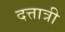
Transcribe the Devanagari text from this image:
दत्तात्री